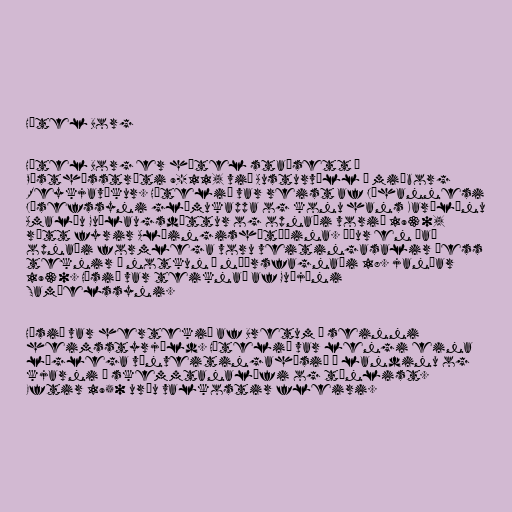
Hótel Borg

Hótel Borg er hótel staðsett á
Pósthússtræti 9-11, við Austurvöll í miðborg
Reykjavíkur. Hótelið var reist af Jóhannesi
Jósefssyni glímukappa og konu hans Karólínu
Amalíu Guðlaugsdóttur og opnaði vorið 1930,
rétt fyrir Alþingishátíðina. Áður en það
opnaði formlega voru veitingasalir þess
teknir í notkun á nýársfagnaði 18. janúar
1930. Húsið var teiknað af Guðjóni
Samúelssyni.

Húsið var hertekið af Bretum í seinni
heimsstyrjöld. Hótelið var lengi eina
löglega vínveitingahúsið á landinu og
kjarni í skemmtanalífi og tónlist.
Eftir 1950 urðu valkostir fleiri.